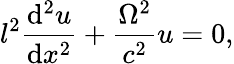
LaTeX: l^{2}\frac{\mathrm{d}^{2}u}{\mathrm{d}x^{2}}+\frac{\Omega^{2}}{c^{2}}u=0,